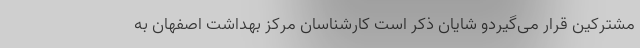
مشترکین قرار می‌گیردو شایان ذکر است کارشناسان مرکز بهداشت اصفهان به